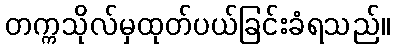
တက္ကသိုလ်မှထုတ်ပယ်ခြင်းခံရသည်။